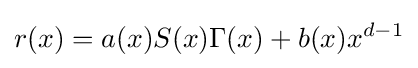
r(x)=a(x)S(x)\Gamma (x)+b(x)x^{d-1}